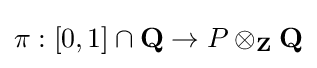
\pi :[0,1]\cap \mathbf {Q} \rightarrow P\otimes _{\mathbf {Z} }\mathbf {Q}